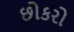
છોકરો